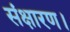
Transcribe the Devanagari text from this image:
संक्षारण।